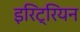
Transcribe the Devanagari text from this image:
इरिट्रियन